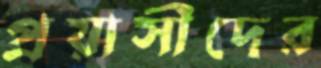
প্রয়াসীদের